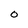
Character: 0